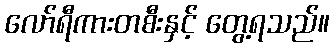
လော်ရီကားတစီးနှင့် တွေ့ရသည်။